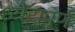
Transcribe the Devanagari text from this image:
ध्येयपूर्ण